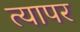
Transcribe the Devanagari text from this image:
त्यापर